Palvere-Nikolai_(Ravila)_vallakohus, lk 6
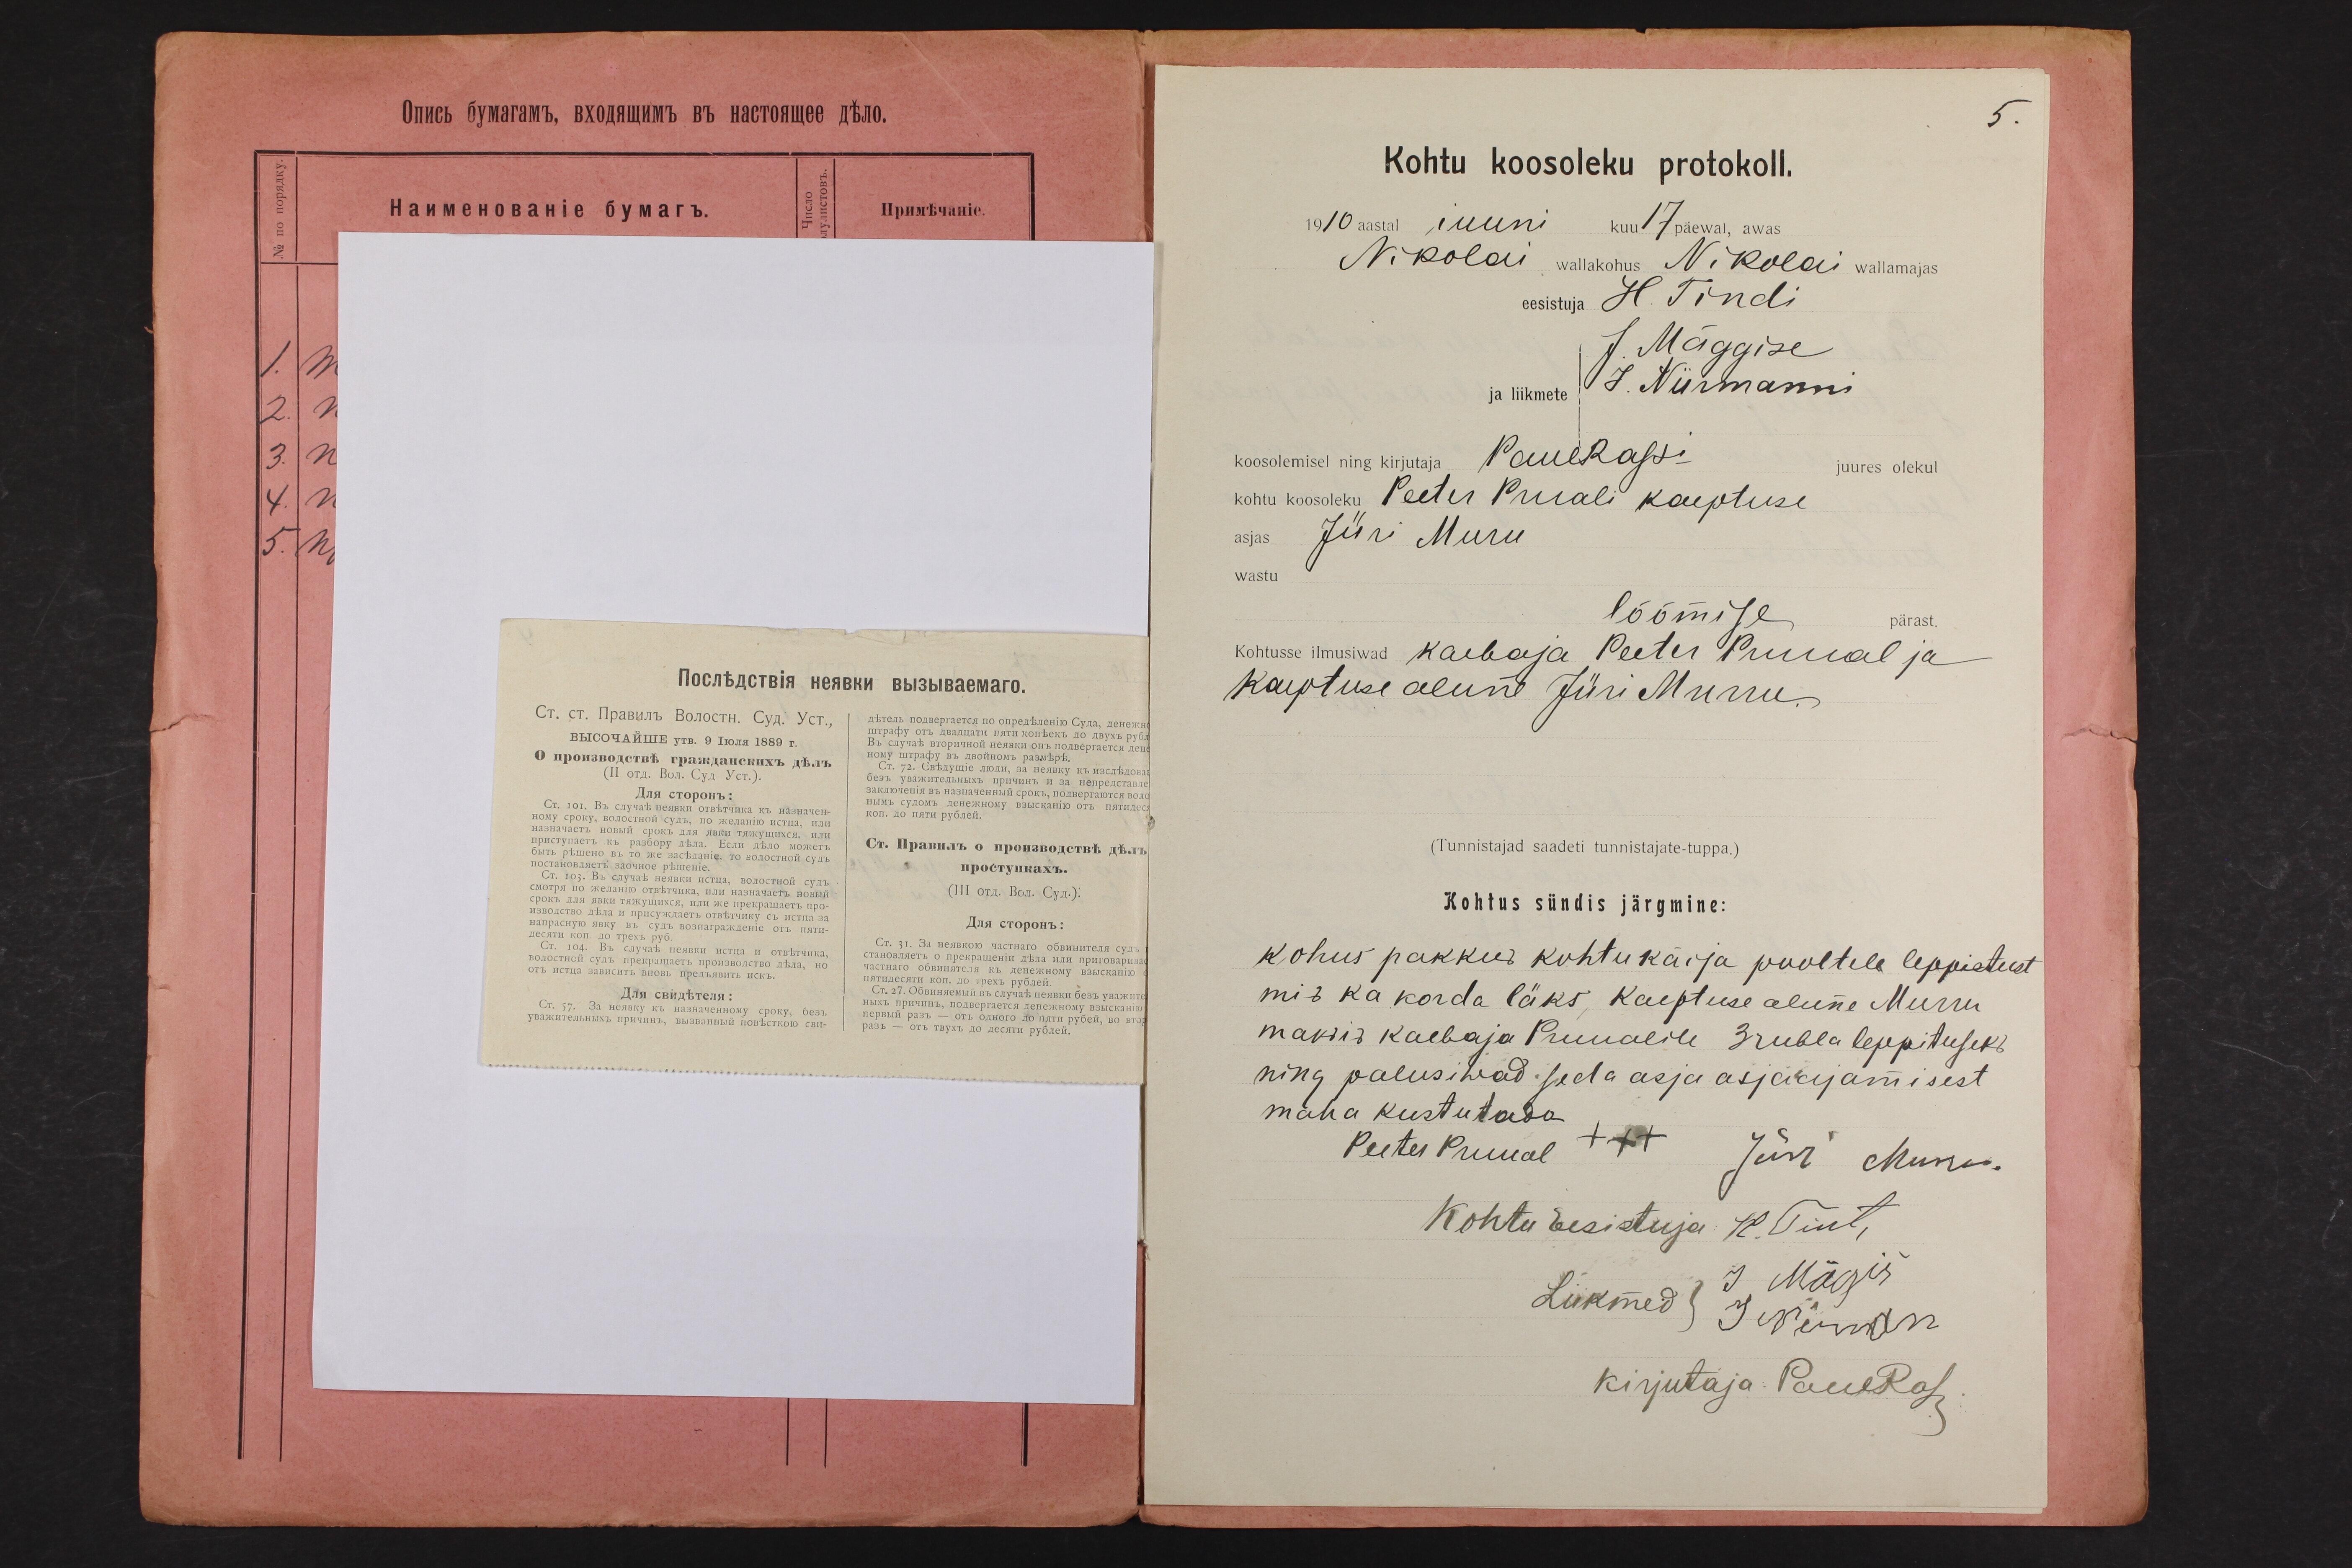
5.
Kohtu koosoleku protokoll.
1910 aastal juuni kuu 7 päewal, awas
Nikolai wallakohus Nikolai wallamajas
eesistuja H. Tindi
J. Mäggise
ja liikmete
J. Niirmanni
koosolemisel ning kirjutaja Paul Rassi
juures olekul
kohtu koosoleku Peeter Pruali kaeptuse
asjas.
Jüri Muru
wastu
löömise
pärast.
Kohtusse ilmusiwad kaebaja Peeter Pruual ja
kauptuse alune Jüri Murru
(Tunnistajad saadeti tunnistajate-tuppa.)
Kohtus sündis järgmine:
kohus pakkus kohtukäija pooltele leppitust
mis ka korda läks, kaeptuse alune Murru
maksis kaebaja Puualile 3 rubla leppituseks
ning palusiwad seda asja asjasjamisest
maha kustutada
Peeter Pruual XXX
Jürr Munu
Kohtu Eesistuja K. Tint,
Lukmed J. Mägis
Timson
kirjutaja: Paue Rosi